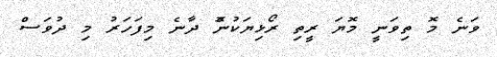
ވަނެެ މޮ ތިވަނީ މޮޔަ ރީތި ރޯޅިޔަކުނޮް ދާނެ މިފަހަރު މި ދުވަސް